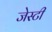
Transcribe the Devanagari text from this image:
जेस्टी